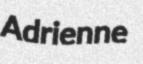
Adrienne